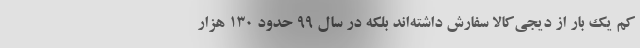
کم یک بار از دیجی‌کالا سفارش داشته‌اند بلکه در سال ۹۹ حدود ۱۳۰ هزار